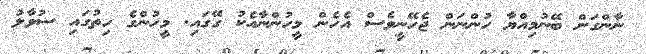
ނާންގަން ބޭނުމިއްޔާ ހުންނަން ޖެހޭނީވެސް އެހެން މީހުންނާއެކު ގޭގައި. މީހުންގެ ހިތުގައި ސުވާލު